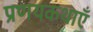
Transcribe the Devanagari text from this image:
प्रणयकथाएँ